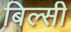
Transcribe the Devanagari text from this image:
बिल्‍सी